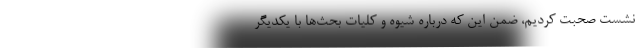
نشست صحبت کردیم، ضمن این که درباره شیوه و کلیات بحث‌ها با یکدیگر